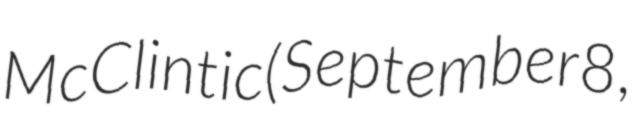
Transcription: McClintic (September 8,